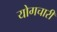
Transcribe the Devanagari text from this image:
योगचारी